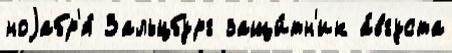
ноjабр'я́ Зальцбург защи́тн'ик а́вгуста